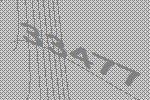
33477